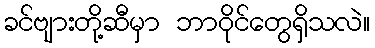
ခင်ဗျားတို့ဆီမှာ ဘာဝိုင်တွေရှိသလဲ။